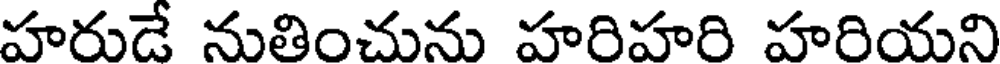
హరుడే నుతించును హరిహరి హరియని